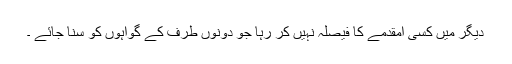
ديگر ميں کسی امقدمے کا فيصلہ نہيں کر رہا جو دونوں طرف کے گواہوں کو سنا جائے ۔